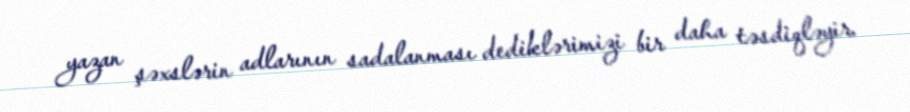
yazan şəxslərin adlarının sadalanması dediklərimizi bir daha təsdiqləyir.